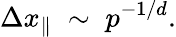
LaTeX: \Delta x_{\parallel}\; \sim\; p^{-1/d}.